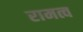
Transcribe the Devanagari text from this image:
रामत्व